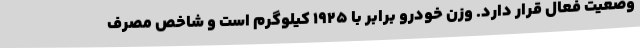
وضعیت فعال قرار دارد. وزن خودرو برابر با 1925 کیلوگرم است و شاخص مصرف